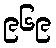
၉၆၉